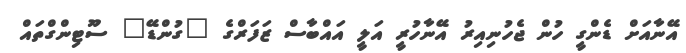
އޭނާއަށް ޑެންގީ ހުން ޖެހުނިއިރު އޭނާހުރީ އަލީ އައްބާސް ޒަފަރްގެ "ގުންޑޭ" ސޫޓިންގްތައް